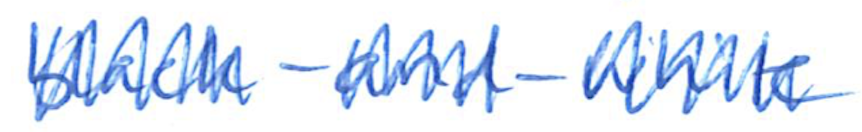
Text: black-and-white
Cross-out: mix
Writing tool: ballpoint